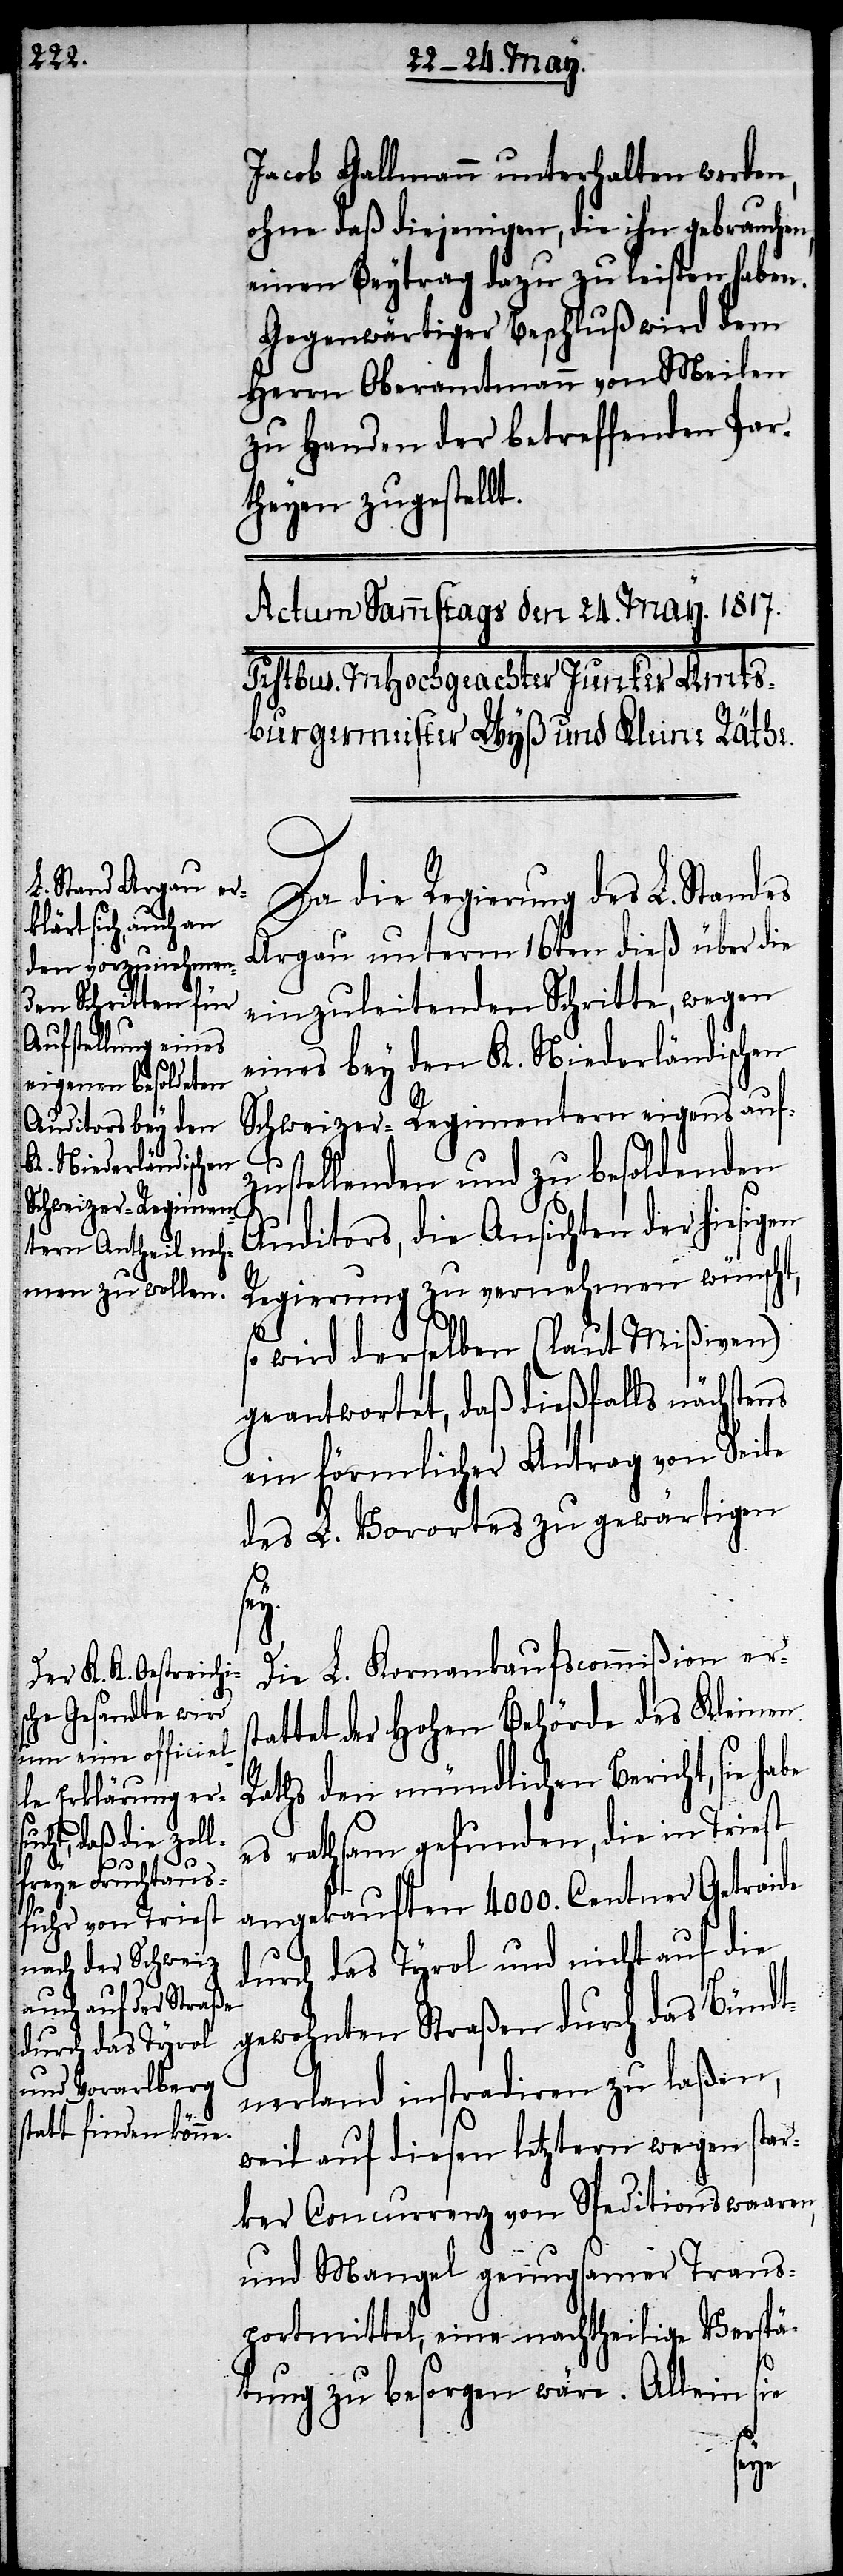
Jacob Gallmann unterhalten werden,
ohne daß diejenigen, die ihn gebrauchen,
einen Beytrag dazu zu leisten haben.
Gegenwärtiger Beschluß wird dem
Herrn Oberamtmann von Meilen
zu Handen der betreffenden Par¬
theyen zugestellt.
Da die Regierung des L. Standes
Argau unterm 16ten dieß über die
einzuleitenden Schritte, wegen
eines bey den K. Niederländischen
Schweizer-Regimentern eigens auf¬
zustellenden und zu besoldenden
Auditors, die Ansichten der hiesigen
Regierung zu vernehmen wünscht,
wird derselben (laut Mißiven)
geantwortet, daß dießfalls nächstens
ein förmlicher Antrag von Seite
des L. Vorortes zu gewärtigen
Die L. Kornverkaufscomißion ers¬
tattet der Hohen Behörde des Kleinen
Raths den mündlichen Bericht, sie
es rathsam gefunden, die im Triest
angekauften 4000. Centner Getraide
durch das Tyrol und nicht auf die
gewohnten Straßen durch das Bündt¬
nerland instradiren zu laßen,
weil auf diesen letztern wegen star¬
ker Concurrenz von Speditionswaaren,
und Mangel genugsamer Trans¬
portmittel, eine nachtheilige Verspä¬
tung zu besorgen wäre. Allein sie
sey.